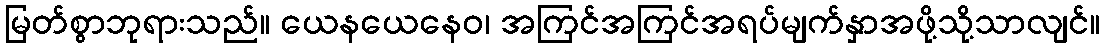
မြတ်စွာဘုရားသည်။ ယေနယေနေဝ၊ အကြင်အကြင်အရပ်မျက်နှာအဖို့သို့သာလျင်။